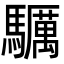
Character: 𩧃